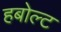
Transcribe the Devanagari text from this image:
हबोल्ट